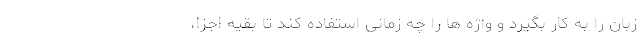
زبان را به کار بگیرد و واژه ها را چه زمانی استفاده کند تا بقیه اجزا،